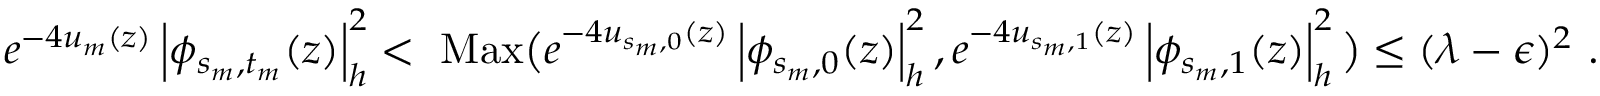
e ^ { - 4 u _ { m } ( z ) } \left| \phi _ { s _ { m } , t _ { m } } ( z ) \right| _ { h } ^ { 2 } < \mathrm { \mathrm { ~ M a x } } \big ( e ^ { - 4 u _ { s _ { m } , 0 } ( z ) } \left| \phi _ { s _ { m } , 0 } ( z ) \right| _ { h } ^ { 2 } , e ^ { - 4 u _ { s _ { m } , 1 } ( z ) } \left| \phi _ { s _ { m } , 1 } ( z ) \right| _ { h } ^ { 2 } \big ) \leq ( \lambda - \epsilon ) ^ { 2 } \ .